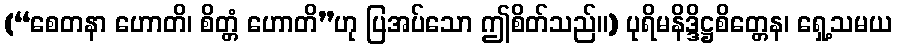
(“စေတနာ ဟောတိ၊ စိတ္တံ ဟောတိ”ဟု ပြအပ်သော ဤစိတ်သည်။) ပုရိမနိဒ္ဒိဋ္ဌစိတ္တေန၊ ရှေ့သမယ